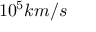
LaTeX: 1 0 ^ { 5 } k m / s